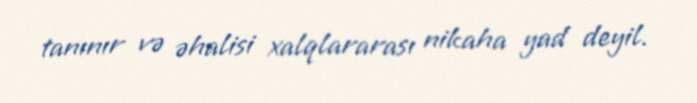
tanınır və əhalisi xalqlararası nikaha yad deyil.